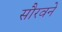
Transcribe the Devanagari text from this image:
सौरवने